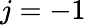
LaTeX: j=-1